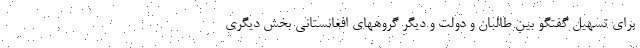
برای تسهیل گفتگو بین طالبان و دولت و دیگر گروههای افغانستانی بخش دیگری